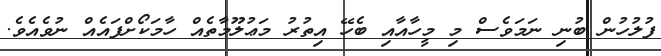
ފުލުހުން ބުނި ނަމަވެސް މި މީހާއާއި ބެހޭ އިތުރު މަޢުލޫމާތެއް ހާމަކޯށްފައެއް ނުވެއެވެ.